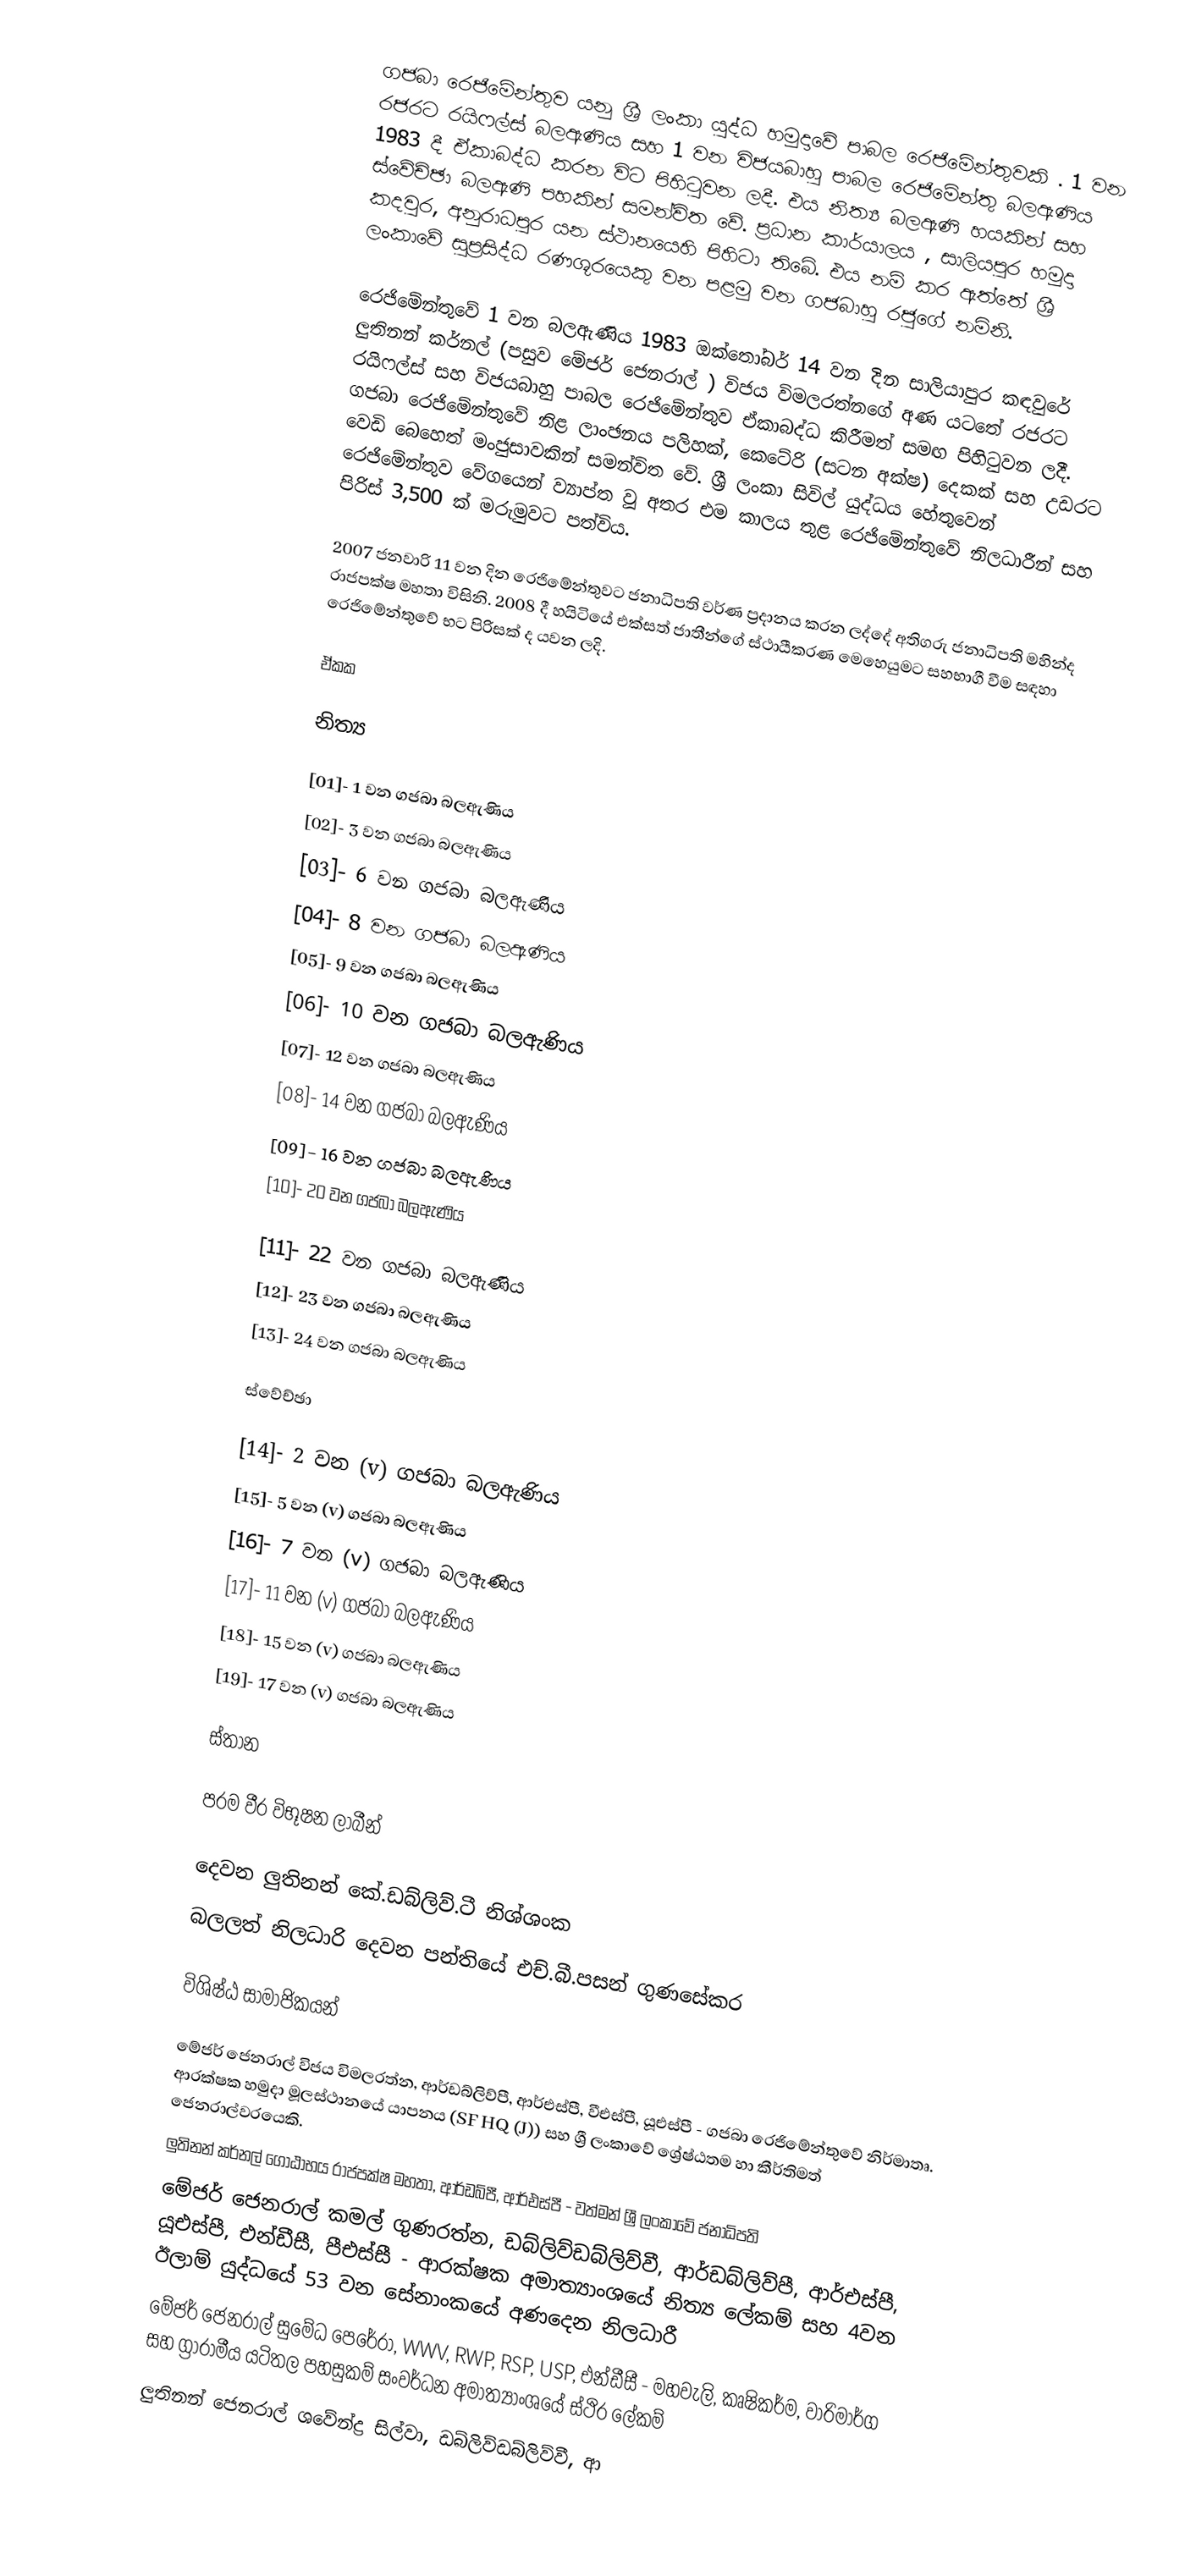
ගජබා රෙජිමේන්තුව යනු ශ්‍රී ලංකා යුද්ධ හමුදාවේ පාබල රෙජිමේන්තුවකි . 1 වන රජරට රයිෆල්ස් බලඇණිය සහ 1 වන විජයබාහු පාබල රෙජිමේන්තු බලඇණිය 1983 දී ඒකාබද්ධ කරන විට පිහිටුවන ලදී. එය නිත්‍ය බලඇණි හයකින් සහ ස්වේච්ඡා බලඇණි පහකින් සමන්විත වේ. ප්‍රධාන කාර්යාලය , සාලියපුර හමුදා කදවුර, අනුරාධපුර යන ස්ථානයෙහි පිහිටා තිබේ. එය නම් කර ඇත්තේ ශ්‍රී ලංකාවේ සුප්‍රසිද්ධ රණශූරයෙකු වන  පළමු වන ගජබාහු රජුගේ නමිනි.

රෙජිමේන්තුවේ 1 වන බලඇණිය 1983 ඔක්තෝබර් 14 වන දින සාලියාපුර කඳවුරේ ලුතිනන් කර්නල් (පසුව මේජර් ජෙනරාල් ) විජය විමලරත්නගේ අණ යටතේ රජරට රයිෆල්ස් සහ විජයබාහු පාබල රෙජිමේන්තුව ඒකාබද්ධ කිරීමත් සමඟ පිහිටුවන ලදී. ගජබා රෙජිමේන්තුවේ නිළ ලාංඡනය පලිහක්, කෙටේරි (සටන අක්ෂ) දෙකක් සහ උඩරට වෙඩි බෙහෙත් මංජුසාවකින් සමන්විත වේ.  ශ්‍රී ලංකා සිවිල් යුද්ධය හේතුවෙන් රෙජිමේන්තුව වේගයෙන් ව්‍යාප්ත වූ අතර එම කාලය තුළ රෙජිමේන්තුවේ නිලධාරීන් සහ පිරිස් 3,500 ක්  මරුමුවට පත්විය.

2007 ජනවාරි 11 වන දින රෙජිමේන්තුවට ජනාධිපති වර්ණ ප්‍රදානය කරන ලද්දේ අතිගරු ජනාධිපති මහින්ද රාජපක්ෂ මහතා විසිනි. 2008 දී හයිටියේ එක්සත් ජාතීන්ගේ ස්ථායීකරණ මෙහෙයුමට සහභාගී වීම සඳහා රෙජිමේන්තුවේ භට පිරිසක් ද යවන ලදි.

ඒකක

නිත්‍ය

 [01]- 1 වන ගජබා බලඇණිය
 [02]- 3 වන ගජබා බලඇණිය
 [03]- 6 වන ගජබා බලඇණිය
 [04]- 8 වන ගජබා බලඇණිය
 [05]- 9 වන ගජබා බලඇණිය
 [06]- 10 වන ගජබා බලඇණිය
 [07]- 12 වන ගජබා බලඇණිය
 [08]- 14 වන ගජබා බලඇණිය
 [09]- 16 වන ගජබා බලඇණිය
 [10]- 20 වන ගජබා බලඇණිය

 [11]- 22 වන ගජබා බලඇණිය
 [12]- 23 වන ගජබා බලඇණිය
 [13]- 24 වන ගජබා බලඇණිය

ස්වේච්ඡා

 [14]- 2 වන (v) ගජබා බලඇණිය
 [15]- 5 වන (v) ගජබා බලඇණිය
 [16]- 7 වන (v) ගජබා බලඇණිය
 [17]- 11 වන (v) ගජබා බලඇණිය
 [18]- 15 වන (v) ගජබා බලඇණිය
 [19]- 17 වන (v) ගජබා බලඇණිය

  ස්තාන

පරම වීර විභූෂන ලාබීන්

 දෙවන ලුතිනන් කේ.ඩබ්ලිව්.ටී නිශ්ශංක
 බලලත් නිලධාරි දෙවන පන්තියේ එච්.බී.පසන් ගුණසේකර

විශිෂ්ඨ සාමාජිකයන්

 මේජර් ජෙනරාල් විජය විමලරත්න, ආර්ඩබ්ලිව්පී, ආර්එස්පී, වීඑස්පී, යූඑස්පී   - ගජබා රෙජිමේන්තුවේ නිර්මාතෘ. ආරක්ෂක හමුදා මූලස්ථානයේ යාපනය (SF HQ (J)) සහ ශ්‍රී ලංකාවේ ශ්‍රේෂ්ඨතම හා කීර්තිමත් ජෙනරාල්වරයෙකි.
 ලුතිනන් කර්නල් ගෝඨාභය රාජපක්ෂ මහතා, ආර්ඩබ්පී, ආර්එස්පී - වත්මන් ශ්‍රී ලංකාවේ ජනාධිපති
 මේජර් ජෙනරාල් කමල් ගුණරත්න, ඩබ්ලිව්ඩබ්ලිව්වී, ආර්ඩබ්ලිව්පී, ආර්එස්පී, යූඑස්පී, එන්ඩීසී, පීඑස්සී - ආරක්ෂක අමාත්‍යාංශයේ නිත්‍ය ලේකම් සහ 4වන ඊලාම් යුද්ධයේ 53 වන සේනාංකයේ අණදෙන නිලධාරී
 මේජර් ජෙනරාල් සුමේධ පෙරේරා, WWV, RWP, RSP, USP, එන්ඩීසී - මහවැලි, කෘෂිකර්ම, වාරිමාර්ග සහ ග්‍රාරාමීය යටිතල පහසුකම් සංවර්ධන අමාත්‍යාංශයේ ස්ථිර ලේකම්
 ලුතිනන් ජෙනරාල් ශවේන්ද්‍ර සිල්වා, ඩබ්ලිව්ඩබ්ලිව්වී, ආ